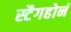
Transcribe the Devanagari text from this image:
स्टैगहोर्न